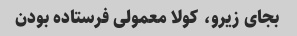
بجای زیرو، کولا معمولی فرستاده بودن